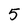
Character: 5